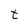
Character: t